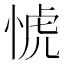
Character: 𢜜